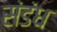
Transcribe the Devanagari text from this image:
संडंध